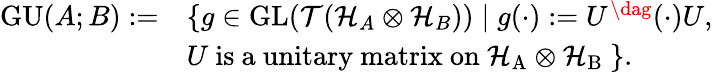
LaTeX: \begin{array}{rl}{\mathrm{GU}(A;B):=}&{\{ g\in\mathrm{GL}(\mathcal{T}(\mathcal{H}_{A}\otimes\mathcal{H}_{B}))\mid g(\cdot):=U^{\dag}(\cdot)U,}\\ &{U\ \mathrm{is~a~unitary~matrix~on~\mathcal{H}_A\otimes\mathcal{H}_B~}\} .}\end{array}